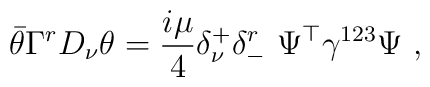
\bar\theta\Gamma^r D_{\nu}\theta={i\mu\over 4}\delta^+_{\nu}\delta^r_-\ \Psi^{\top}\gamma^{123}\Psi\ ,